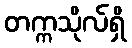
တက္ကသိုလ်ရှိ